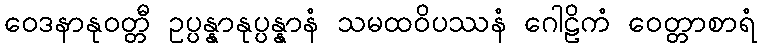
ဝေဒနာနုဝတ္တီ ဥပ္ပန္နာနုပ္ပန္နာနံ သမထဝိပဿနံ ဂေါဠိကံ ဝေတ္တာစာရံ